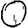
Digit: 0